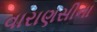
વારાણસીના